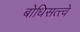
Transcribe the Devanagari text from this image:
बोधिसत्त्वे